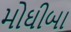
મોઘીબા